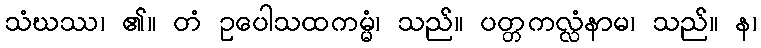
သံဃဿ၊ ၏။ တံ ဥပေါသထကမ္မံ၊ သည်။ ပတ္တကလ္လံနာမ၊ သည်။ န၊